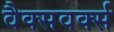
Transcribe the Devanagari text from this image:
वैक्सवर्क्स